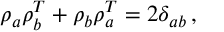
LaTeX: \rho _ { a } \rho _ { b } ^ { T } + \rho _ { b } \rho _ { a } ^ { T } = 2 \delta _ { a b } \, ,